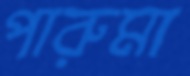
পারুমা